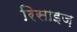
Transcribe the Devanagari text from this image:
रिसाइज़